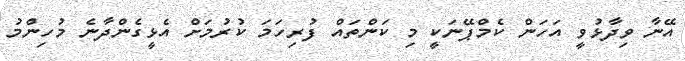
އޭނާ ވިދާޅުވީ އަހަން ކެމްޕޭނަކީ މި ކަންތައް ފުރިހަމަ ކުރުމަށް އެޅީގެންދާނެ މުހިންމު